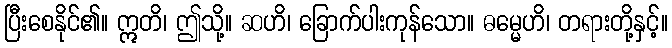
ပြီးစေနိုင်၏။ ဣတိ၊ ဤသို့။ ဆဟိ၊ ခြောက်ပါးကုန်သော။ ဓမ္မေဟိ၊ တရားတို့နှင့်။